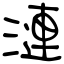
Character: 漣